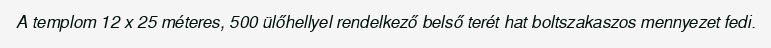
A templom 12 x 25 méteres, 500 ülőhellyel rendelkező belső terét hat boltszakaszos mennyezet fedi.